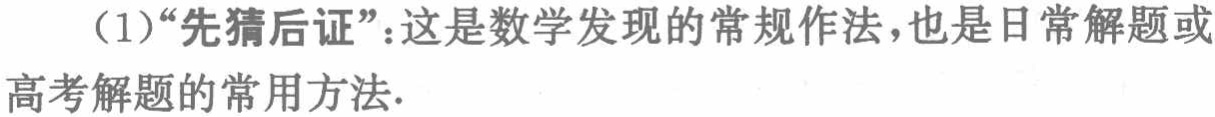
（1）“先猜后证”：这是数学发现的常规作法，也是日常解题或高考解题的常用方法.